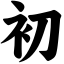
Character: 初